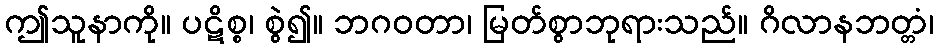
ဤသူနာကို။ ပဋိစ္စ၊ စွဲ၍။ ဘဂဝတာ၊ မြတ်စွာဘုရားသည်။ ဂိလာနဘတ္တံ၊